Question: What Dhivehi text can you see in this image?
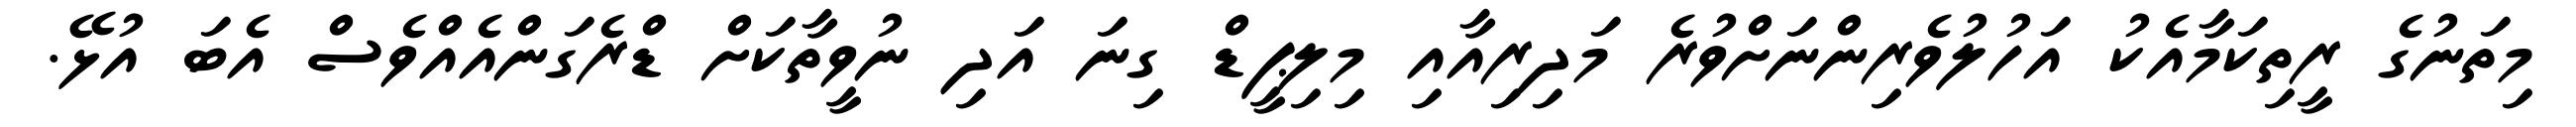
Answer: މިތަނުގެ ރީތިކަމާއެކު އަހުލުވެރިންނަށްވުރެ މަދިރިއާއި މިލިޕީޑް ގިނަ އަދި ނުވީތާކަށް ޑްރެގަންއެއްވެސް އެބަ އުޅޭ.